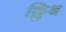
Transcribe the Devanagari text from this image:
क्लिंथ